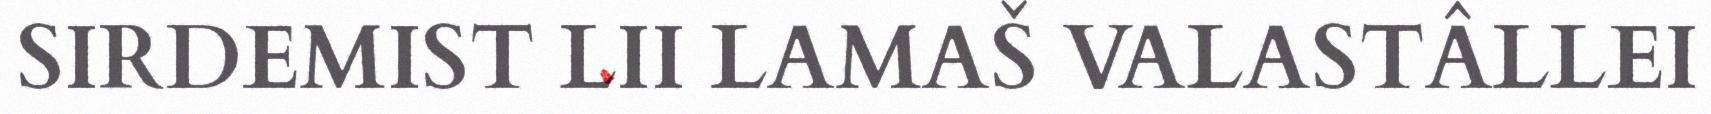
SIRDEMIST LII LAMAŠ VALASTÂLLEI